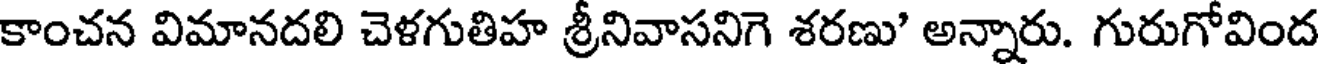
కాంచన విమానదలి చెళగుతిహ శ్రీనివాసనిగె శరణు' అన్నారు. గురుగోవింద